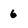
Character: 6